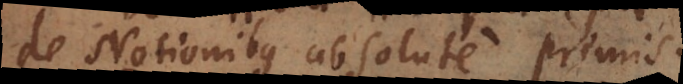
de Notionibus absolute primis.